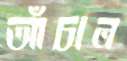
আঁচাল